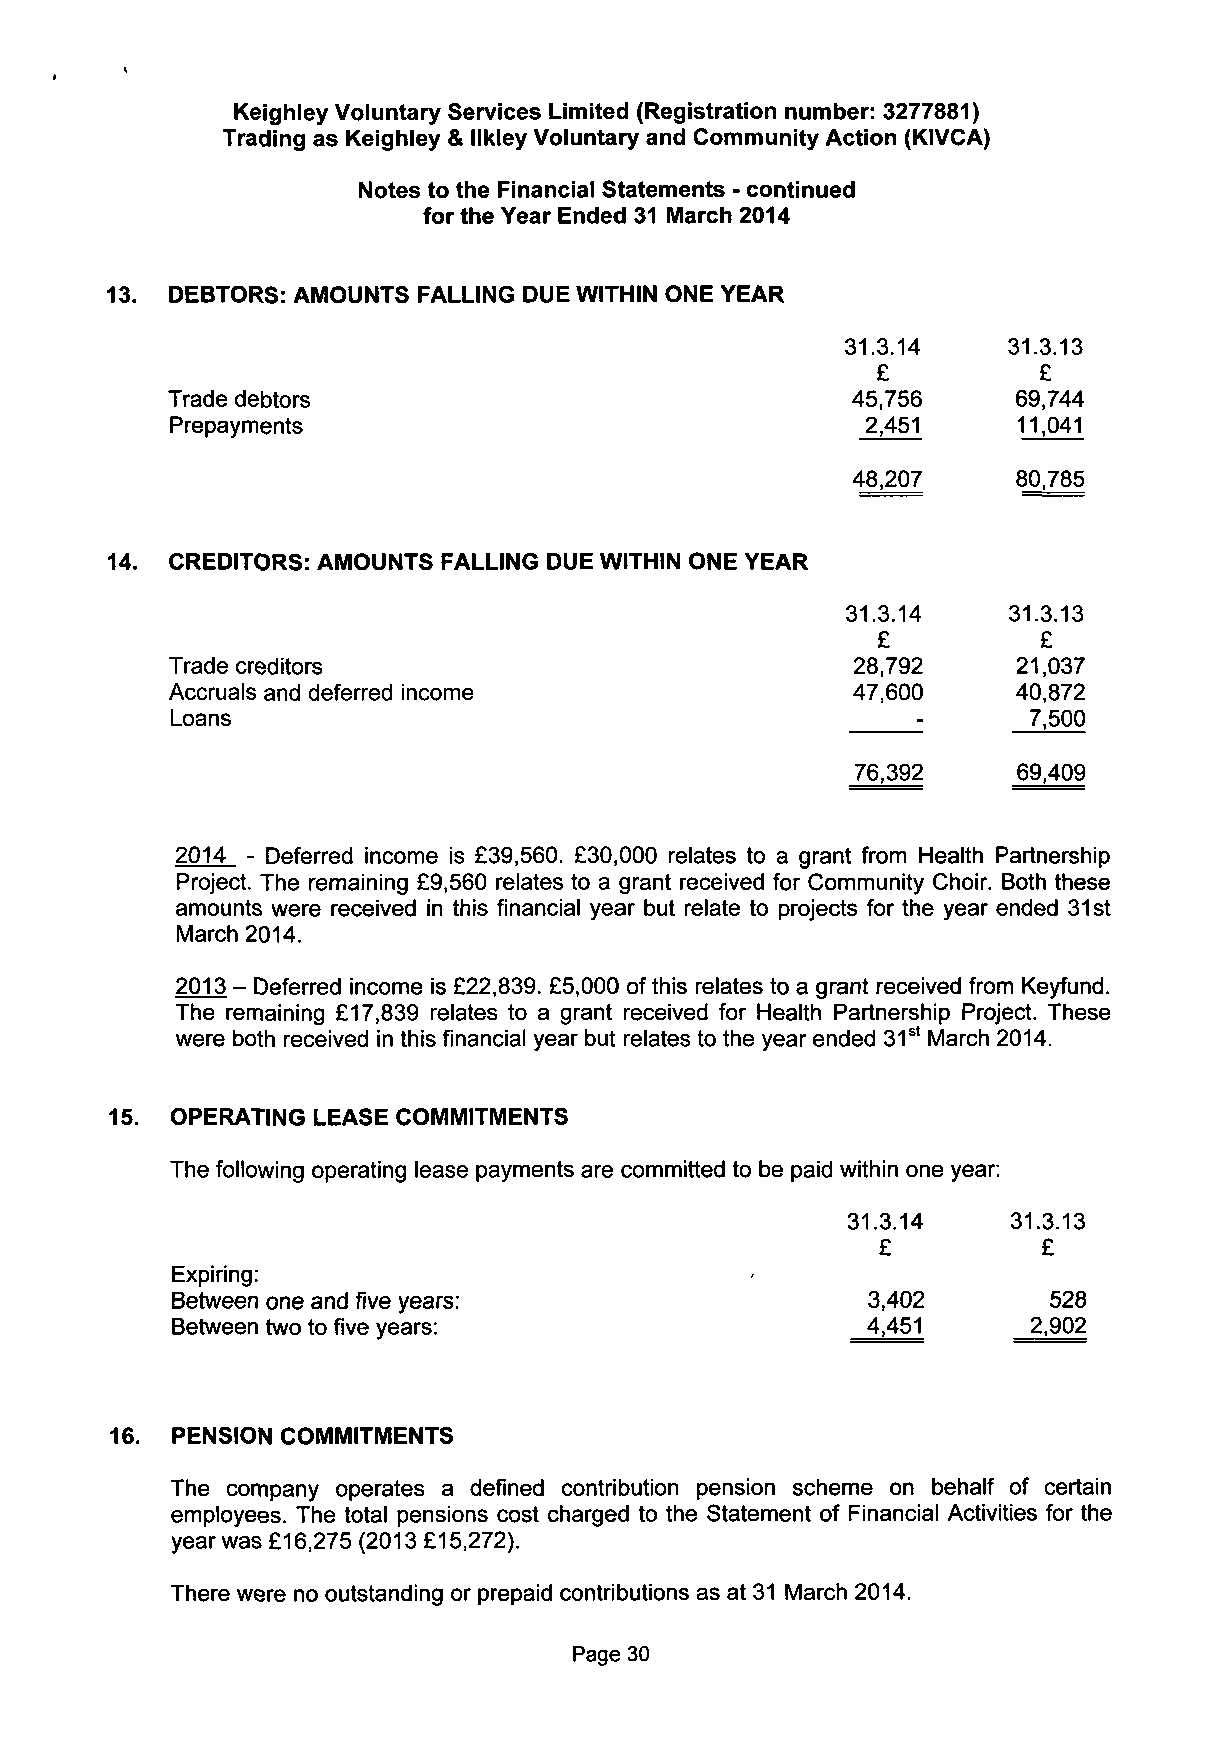
Keighley Voluntary Services Limited (Registration number: 3277881)
 Trading as Keighley & llkley Voluntary and Community Action (KIVCA)
 Notes to the Financial Statements - continued
 for the Year Ended 31 March 2014
 13. DEBTORS: AMOUNTS FALLING DUE WITHIN ONE YEAR
 31.3.14    31.3.13
 £          £
 Trade debtors                                45,756     69,744
 Prepayments                                   2,451     11,041
 48,207     80,785
 14. CREDITORS: AMOUNTS FALLING DUE WITHIN ONE YEAR
 31.3.14    31.3.13
 £          £
 Trade creditors                              28,792     21,037
 Accruals and deferred income                 47,600     40,872
 Loans                                             -      7,500
 76,392    69,409
 2014 - Deferred income is £39,560. £30,000 relates to a grant from Health Partnership
 Project. The remaining £9,560 relates to a grant received for Community Choir. Both these
 amounts were received in this financial year but relate to projects for the year ended 31st
 March 2014.
 2013 - Deferred income is £22,839. £5,000 of this relates to a grant received from Keyfund.
 The remaining £17,839 relates to a grant received for Health Partnership Project. These
 were both received in this financial year but relates to the year ended 31st March 2014.
 15. OPERATING LEASE COMMITMENTS
 The following operating lease payments are committed to be paid within one year:
 31.3.14    31.3.13
 £          £
 Expiring:
 Between one and five years:                   3,402       528
 Between two to five years:                    4,451      2,902
 16. PENSION COMMITMENTS
 The company operates a defined contribution pension scheme on behalf of certain
 employees. The total pensions cost charged to the Statement of Financial Activities for the
 year was £16,275 (2013 £15,272).
 There were no outstanding or prepaid contributions as at 31 March 2014.
 Page 30